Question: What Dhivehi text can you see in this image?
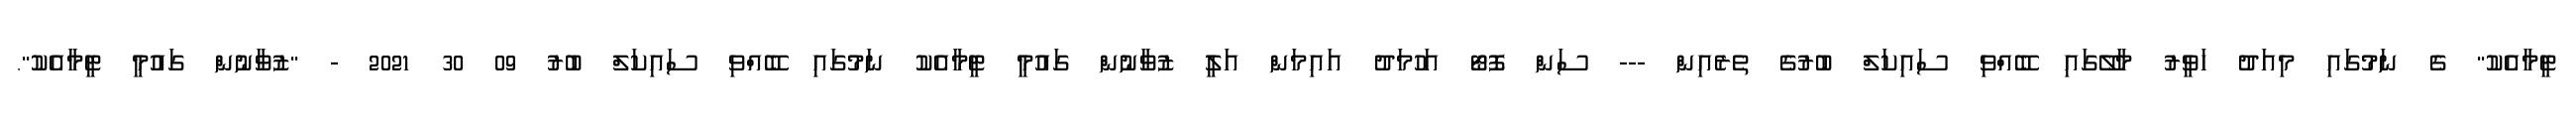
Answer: ޓީމާއެކު" ގެ ނަމުގައި މިއަދު ހަވީރު މާލޭގައި ބޭއްވި ސައިކަލް ބުރުގެ ތެރެއިން --- ސަން ފޮޓޯ އަހުމަދު އައިމަން އަލީ ޒުވާނުން ގައުމީ ޓީމާއެކު ނަމުގައި ބޭއްވި ސައިކަލް ބުރު 09 30 2021 - "ޒުވާނުން ގައުމީ ޓީމާއެކު".